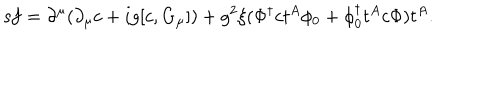
{ \sf s } f = \partial ^ { \mu } ( \partial _ { \mu } c + i g [ c , G _ { \mu } ] ) + g ^ { 2 } \xi ( \Phi ^ { \dagger } c t ^ { A } \phi _ { 0 } + \phi _ { 0 } ^ { \dagger } t ^ { A } c \Phi ) t ^ { A } .